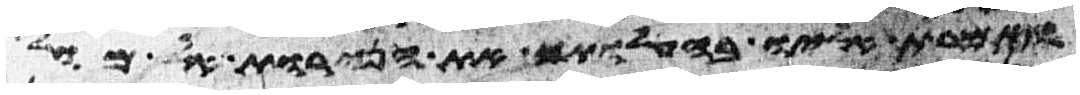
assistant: ואמרת אליו בהעלותך את הנרות אל מול